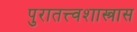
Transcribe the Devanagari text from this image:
पुरातत्त्वशास्त्रास